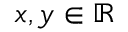
x , y \in \mathbb { R }